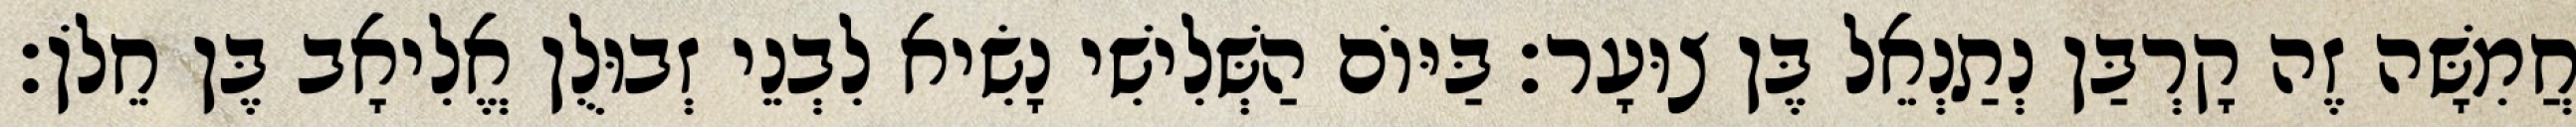
חֲמִשָּׁה זֶה קָרְבַּן נְתַנְאֵל בֶּן צוּעָר׃ בַּיּוֹם הַשְּׁלִישִׁי נָשִׂיא לִבְנֵי זְבוּלֻן אֱלִיאָב בֶּן חֵלֹן׃